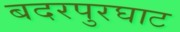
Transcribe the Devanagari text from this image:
बदरपुरघाट